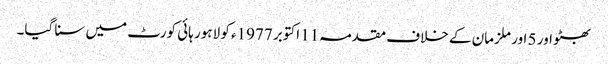
بھٹو اور 5 اور ملزمان کے خلاف مقدمہ11 اکتوبر 1977ء کو لاہور ہائی کورٹ میں سنا گیا۔